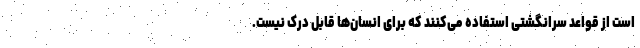
است از قواعد سرانگشتی استفاده می‌کنند که برای انسان‌ها قابل درک نیست.